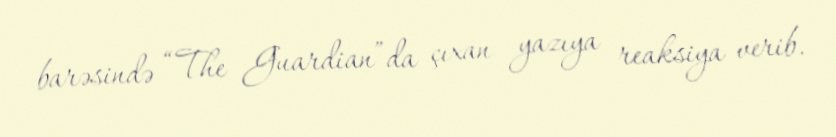
barəsində “The Guardian”da çıxan yazıya reaksiya verib.